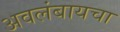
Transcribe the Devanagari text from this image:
अवलंबायचा